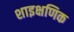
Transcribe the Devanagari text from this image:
शाइक्षणिक